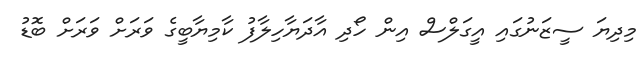
މިދިޔަ ސީޒަނުގައި އީގަލްސް އިން ހޯދި އާދަޔާހިލާފު ކާމިޔާބީގެ ވަރަށް ވަރަށް ބޮޑު